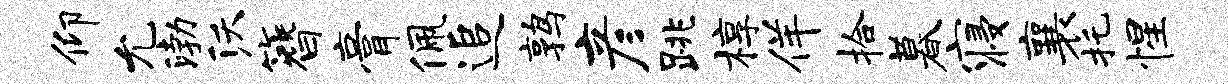
仰允渤沃簪膏佩追鹑彦跳椁佯拾暮寝襄托惺